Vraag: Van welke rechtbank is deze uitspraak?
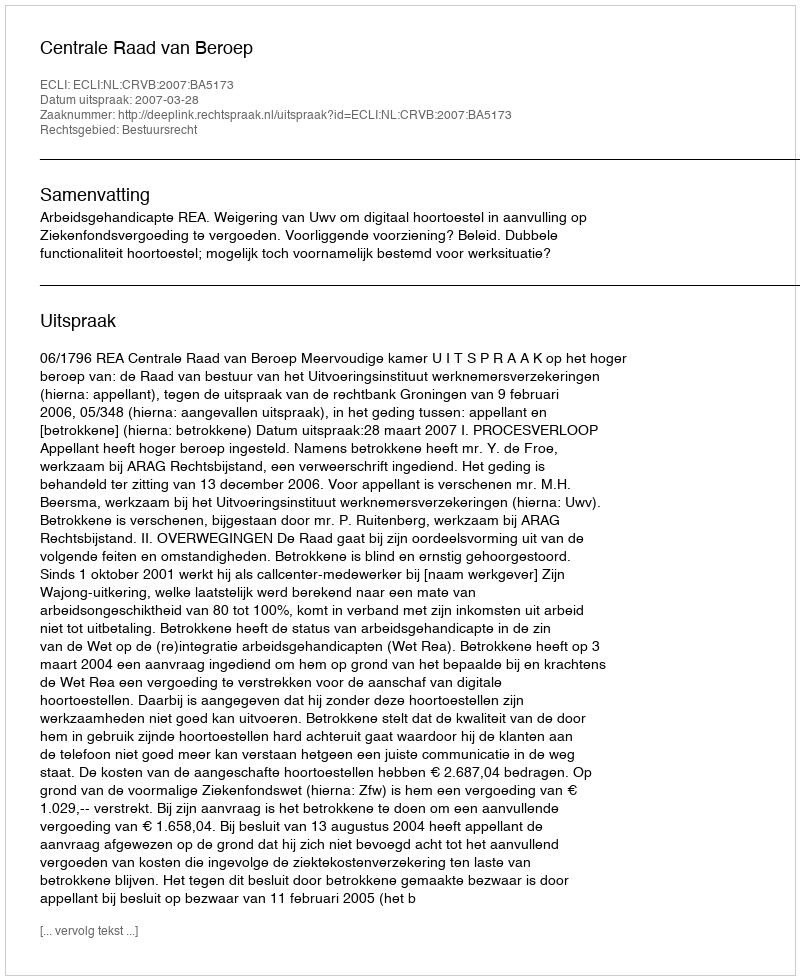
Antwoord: Centrale Raad van Beroep